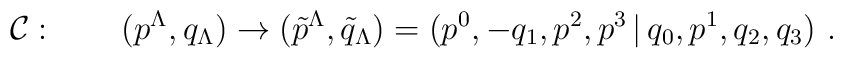
{\cal C}: \qquad (p^{\Lambda},q_{\Lambda}) \rightarrow (\tilde{p}^{\Lambda},\tilde{q}_{\Lambda})= (p^0,-q_1,p^2,p^3\,|\,q_0,p^1,q_2,q_3) \ .